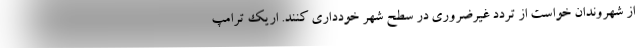
از شهروندان خواست از تردد غیرضروری در سطح شهر خودداری کنند. اریک ترامپ